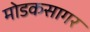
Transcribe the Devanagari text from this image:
मोडकसागर